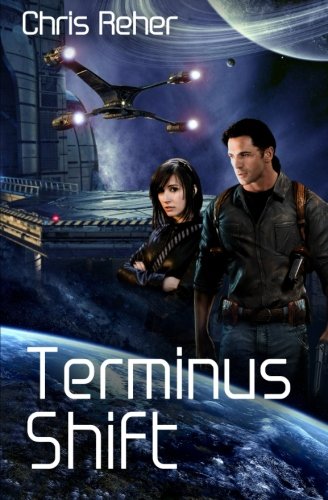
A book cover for Terminus Shift (Targon Tales - Sethran) (Volume 2); Chris Reher; Science Fiction & Fantasy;